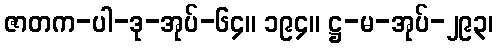
ဇာတက-ပါ-ဒု-အုပ်-၆၄။ ၁၉၄။ ဋ္ဌ-မ-အုပ်-၂၉၃၊